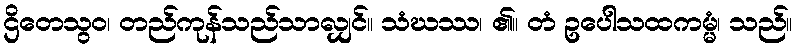
ဌိတေသွဝ၊ တည်ကုန်သည်သာလျှင်။ သံဃဿ၊ ၏။ တံ ဥပေါသထကမ္မံ၊ သည်။